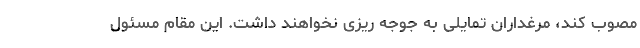
مصوب کند، مرغداران تمایلی به جوجه ریزی نخواهند داشت. این مقام مسئول